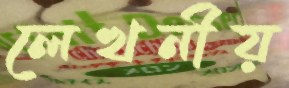
লেখনীয়